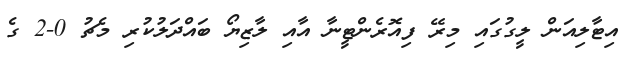
އިޓާލިއަން ލީގުގައި މިރޭ ފިއޮރެންޓީނާ އާއި ލާޒިޔޯ ބައްދަލުކުރި މެޗު 0-2 ގެ